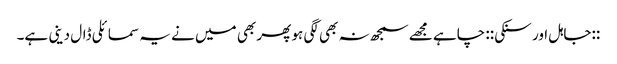
::جاہل اور سنکی:: چاہے مجھے سمجھ نہ بھی لگی ہو پھر بھی میں نے یہ سمائلی ڈال دینی ہے۔